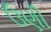
ઉણી